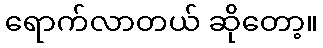
ရောက်လာတယ် ဆိုတော့။